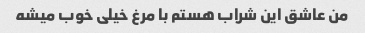
من عاشق این شراب هستم با مرغ خیلی خوب میشه